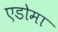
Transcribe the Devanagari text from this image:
एडोमा